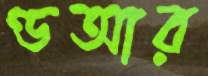
ণ্ডআর